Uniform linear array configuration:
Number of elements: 8
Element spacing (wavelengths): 0.25
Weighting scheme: hann
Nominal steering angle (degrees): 45
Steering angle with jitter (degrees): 46.925
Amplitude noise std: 0.05
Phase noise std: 0.05

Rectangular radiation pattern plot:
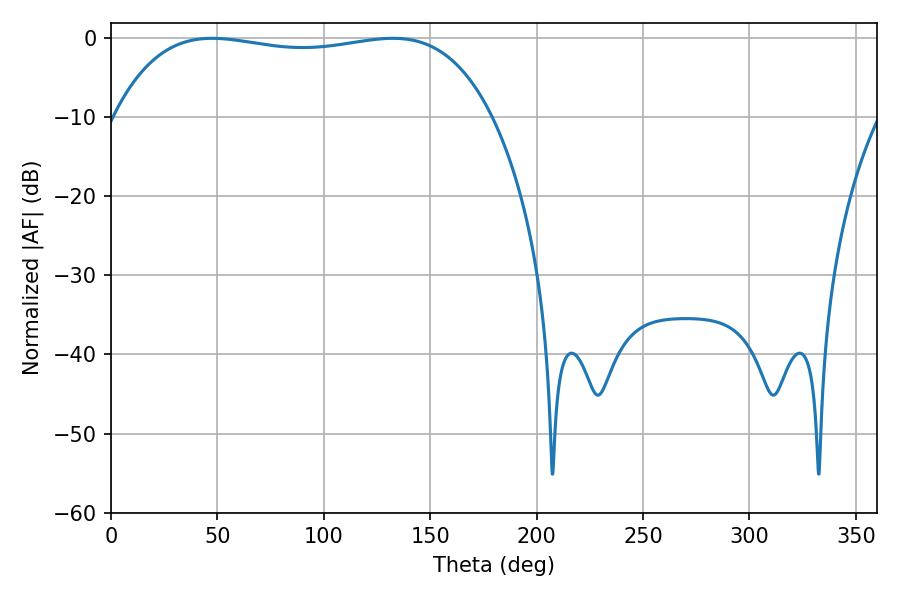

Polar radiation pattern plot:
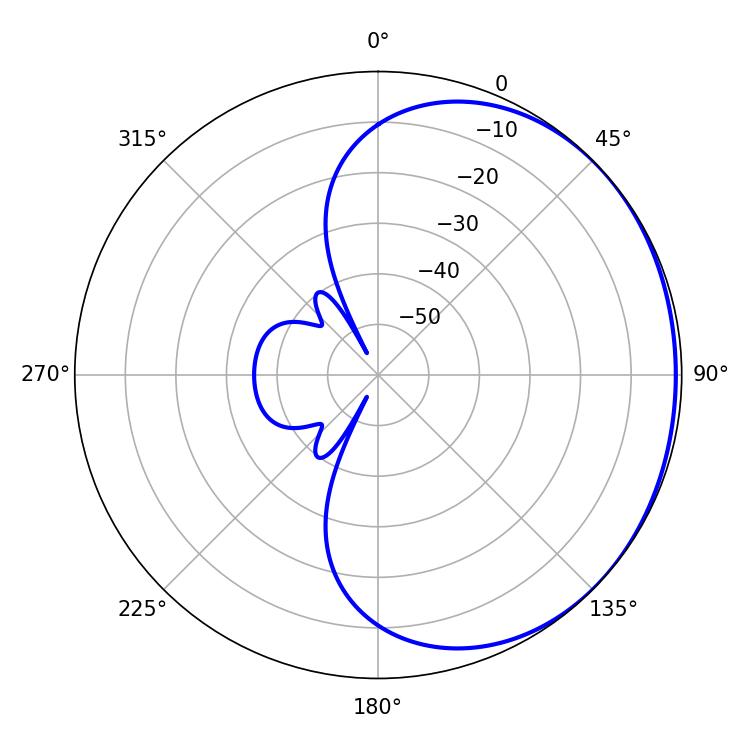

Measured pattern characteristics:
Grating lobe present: FALSE
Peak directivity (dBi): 0.7852
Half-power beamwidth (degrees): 142.2
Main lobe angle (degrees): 47.52